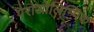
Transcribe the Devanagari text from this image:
पैराओलिम्पिक